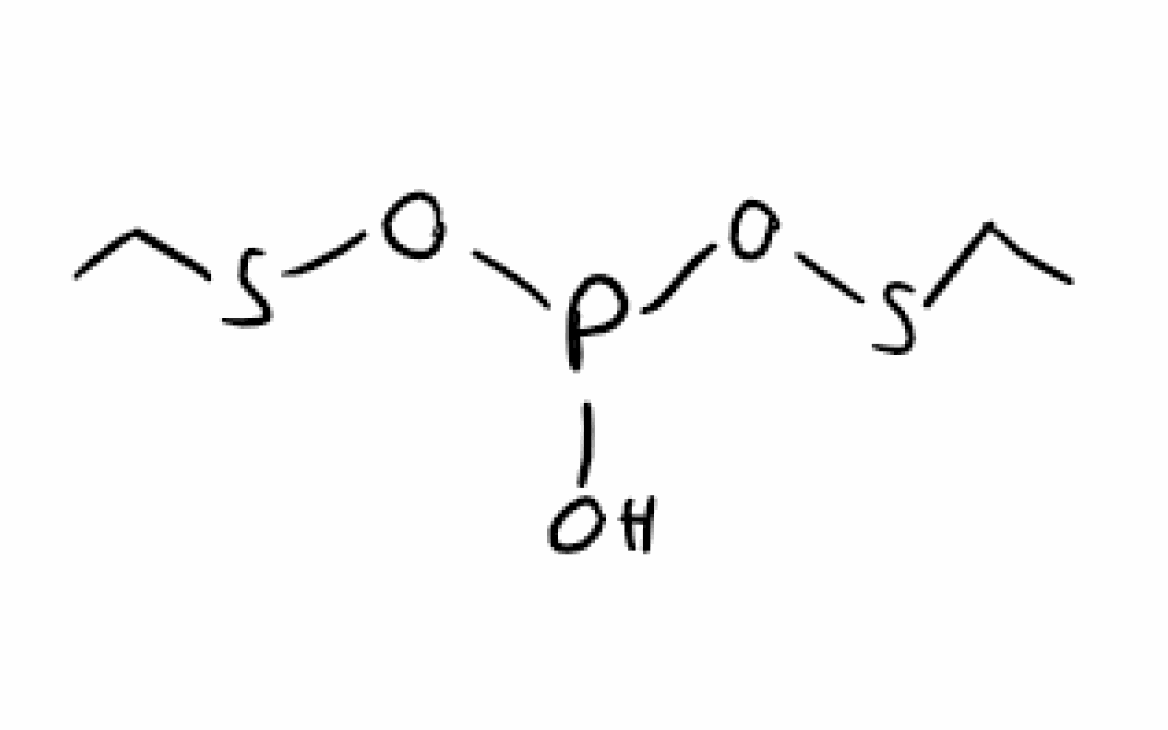
Simplified molecular-input line-entry system (SMILES) notation of the given molecule:
CCSOP(O)OSCC